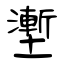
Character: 壍